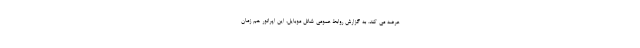
عرضه می کند. به گزارش روابط عمومی شاتل موبایل، این اپراتور هم زمان